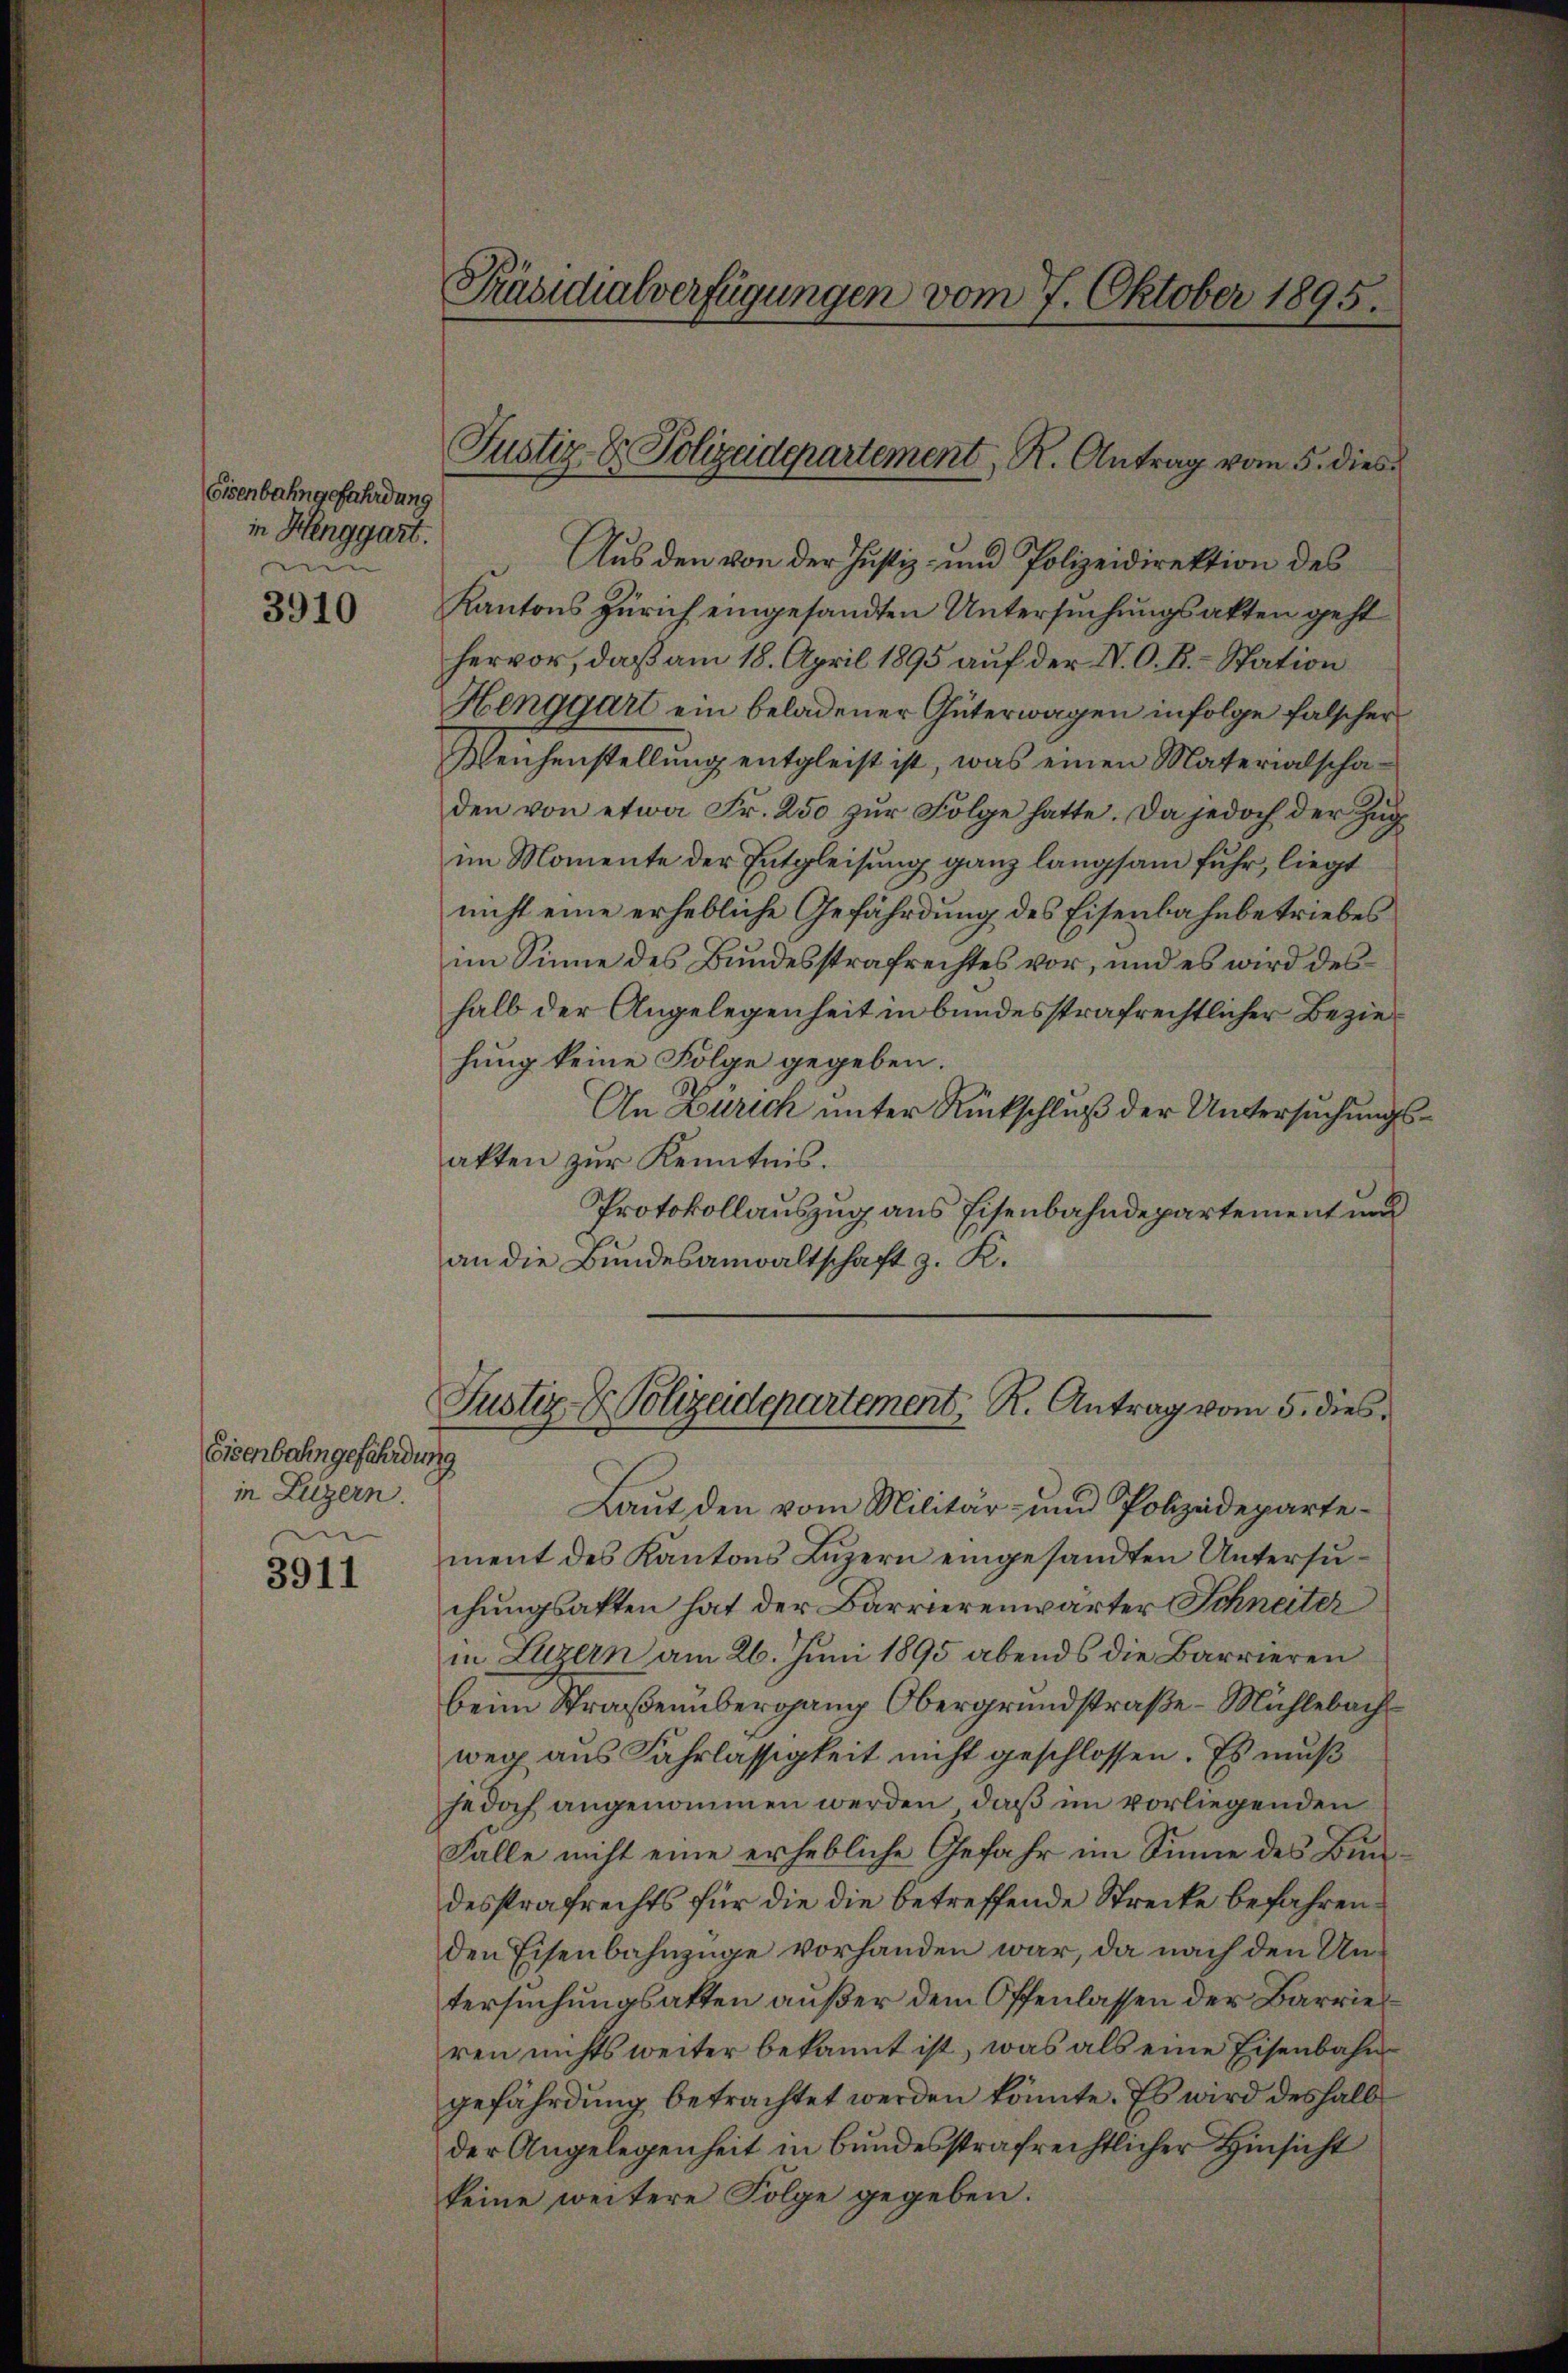
Eisenbahngefährdung
in Henggart.
nen

3910

Eisenbahngefährdung
in Luzern.
I

3911

Laut den vom Militär- und Polizeidepartement des Kantons Luzern eingesandten Untersuchungsakten hat der Barrierenwärter Schneiter
in Luzern am 26. Juni 1895 abends die Barrieren
beim Straßenübergang Obergrundstraße - Mühlebach
weg aus Fahrlässigkeit nicht geschlossen. Es muß
jedoch angenommen werden, daß im vorliegenden
Falle nicht eine erhebliche Gefahr im Sinne des Bundesstrafrechts für die die betreffende Strecke befahrenden Eisenbahnzüge vorhanden war, da nach den Untersuchungsakten außer dem Offenlassen der Barrieren nichts weiter bekannt ist, was als eine Eisenbahngefährdung betrachtet werden könnte. Es wird deshalb
der Angelegenheit in bundesstrafrechtlicher Hinsicht
keine weitere Folge gegeben.

Präsidialverfügungen vom 7. Oktober 1895.

Aus den von der Justiz- und Polizeidirektion des
Kantons Zürich eingesandten Untersuchungsakten geht
hervor, daß am 18. April 1895 auf der N. O. R. Station
Henggart ein beladener Güterwagen infolge falscher
Reichenstellung entgleist ist, was einen Materialschaden von etwa Fr. 250 zur Folge hatte. Da jedoch der Zug
im Momente der Entgleisung ganz langsam fuhr, liegt
nicht eine erhebliche Gefährdung des Eisenbahnbetriebes
im Sinne des Bundesstrafrechtes vor, und es wird des
halb der Angelegenheit in bundesstrafrechtlicher Beziehung keine Folge gegeben.
An Zürich unter Rückschluß der Untersuchungsakten zur Kenntnis.
Protokollauszug aus Eisenbahndepartement und
an die Bundesanwaltschaft z. K.

Justiz- & Polizeidepartement, R. Antrag vom 5. dies

Justiz- & Polizeidepartement, R. Antrag vom 5. dies¬